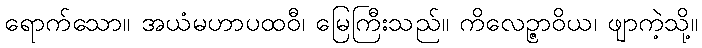
ရောက်သော။ အယံမဟာပထဝီ၊ မြေကြီးသည်။ ကိလေဉ္ဇာဝိယ၊ ဖျာကဲ့သို့။